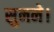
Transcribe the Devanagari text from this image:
सुनने।